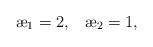
\begin{align*}{\ae}_1 = 2,\;\;\; {\ae}_2 = 1,\end{align*}